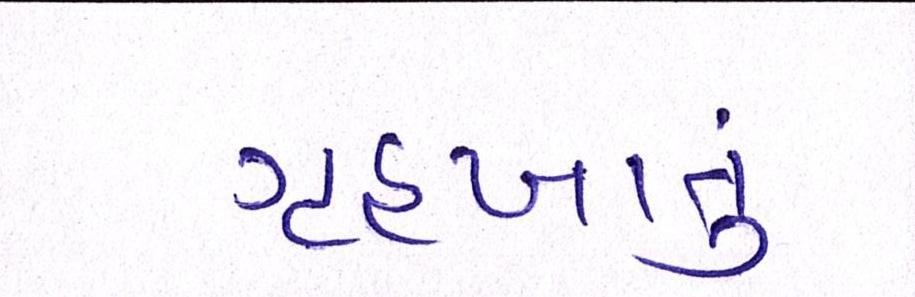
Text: ગૃહખાતું